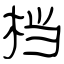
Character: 档